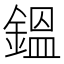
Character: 鎾